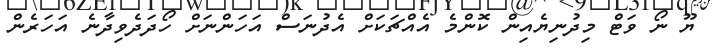
ޔޫ ނޯ ވަޓް މިދުނިޔެއިން ކޮންމެ އެއްޗަކަށް އެދުނަސް އަހަންނަށް ހޯދަދެވިދާނެ އަހަރެން